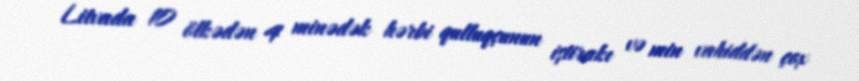
Litvada 10 ölkədən 4 minədək hərbi qulluqçunun iştirakı və min vahiddən çox